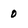
Character: 0